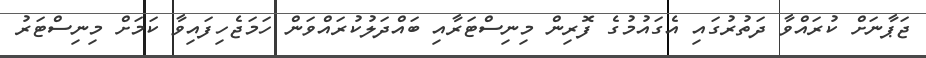
ޖަޕާނަށް ކުރައްވާ ދަތުރުގައި އެގައުމުުގެ ފޮރިން މިނިސްޓަރާއި ބައްދަލުކުރައްވަން ހަމަޖެހިފައިވާ ކަމަށް މިނިސްޓަރު